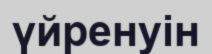
үйренуін